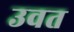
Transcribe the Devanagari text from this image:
उवत